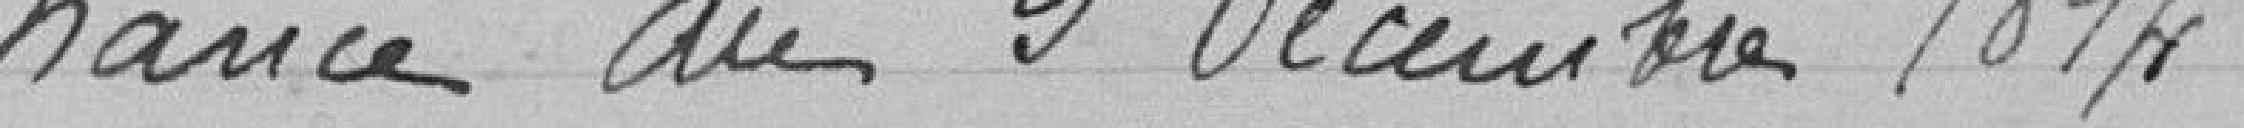
nance du 9 décembre 1814